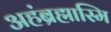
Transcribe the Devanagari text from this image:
अहंब्रह्मास्मि